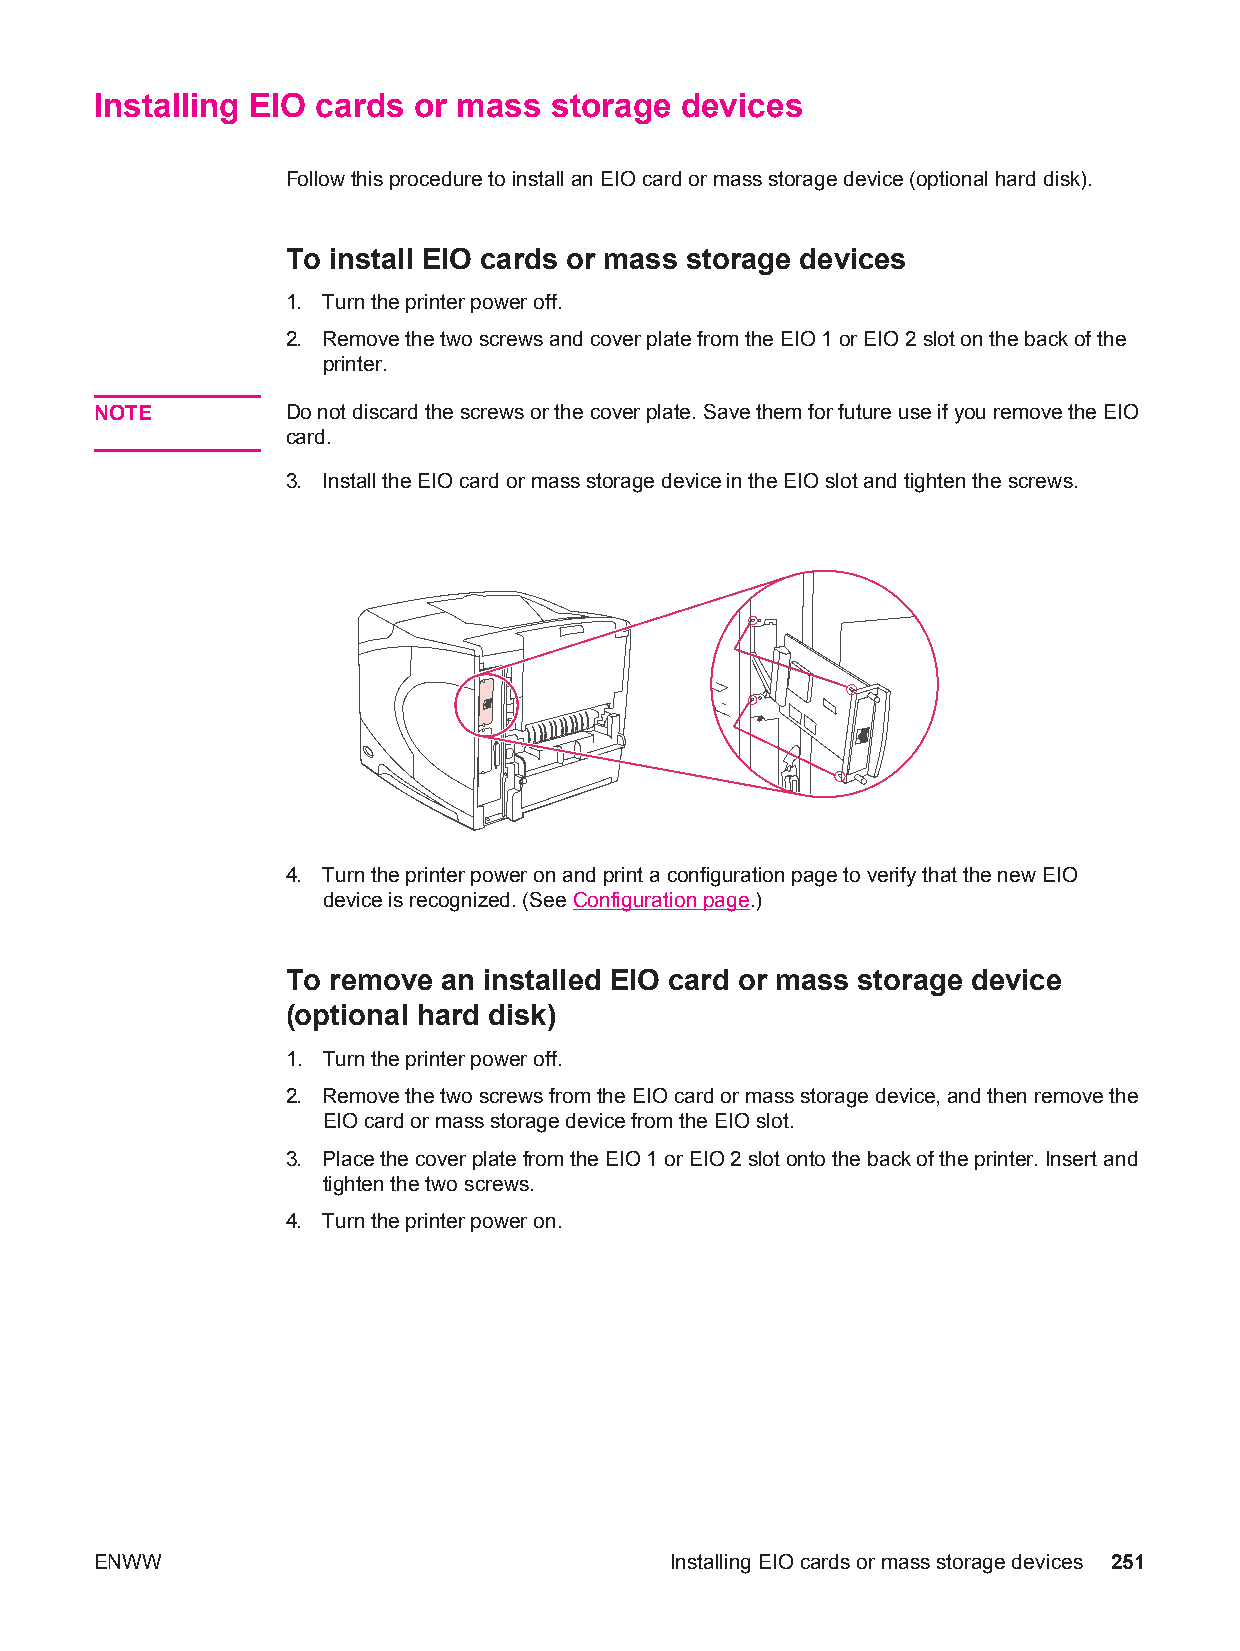
Installing EIO cards or mass   storage devices
 Follow this procedure to install an EIO card or mass storage device (optional hard disk).
 To install EIO cards or mass storage devices
 1. Turn the printer power off.
 2. Remove the two screws and cover plate from the EIO 1 or EIO 2 slot on the back of the
 printer.
 NOTE         Do not discard the screws or the cover plate. Save them for future use if you remove the EIO
 card.
 3. Install the EIO card or mass storage device in the EIO slot and tighten the screws.
 4. Turn the printer power on and print a configuration page to verify that the new EIO
 device is recognized. (See Configuration page.)
 To remove an installed EIO card or mass storage device
 (optional hard disk)
 1. Turn the printer power off.
 2. Remove the two screws from the EIO card or mass storage device, and then remove the
 EIO card or mass storage device from the EIO slot.
 3. Place the cover plate from the EIO 1 or EIO 2 slot onto the back of the printer. Insert and
 tighten the two screws.
 4. Turn the printer power on.
 ENWW                                  Installing EIO cards or mass storage devices 251